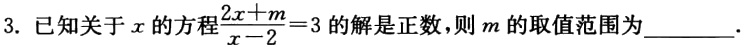
3. 已知关于\(x\)的方程\(\frac{2x + m}{x - 2}=3\)的解是正数，则\(m\)的取值范围为  ．